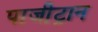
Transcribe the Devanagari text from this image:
पाजी़ट्रान